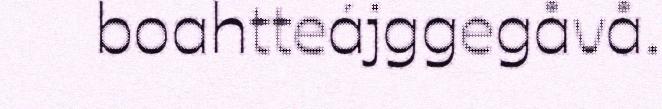
boahtteájggegåvå.